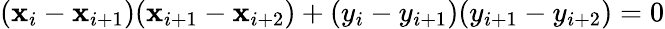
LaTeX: (\mathbf{x}_{i}-\mathbf{x}_{i+1})(\mathbf{x}_{i+1}-\mathbf{x}_{i+2})+(y_{i}-y_{i+1})(y_{i+1}-y_{i+2})=0